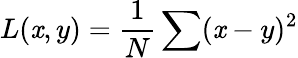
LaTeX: L(\mathit{x},y)=\frac{{1}}{{N}}\sum(\mathit{x}-y)^{2}